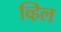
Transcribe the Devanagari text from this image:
व्हिल